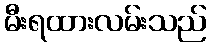
မီးရထားလမ်းသည်